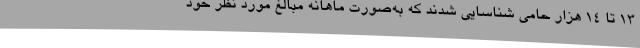
13 تا 14 هزار حامی شناسایی شدند که به‌صورت ماهانه مبالغ مورد نظر خود